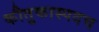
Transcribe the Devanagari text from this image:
कौतुकास्पदच